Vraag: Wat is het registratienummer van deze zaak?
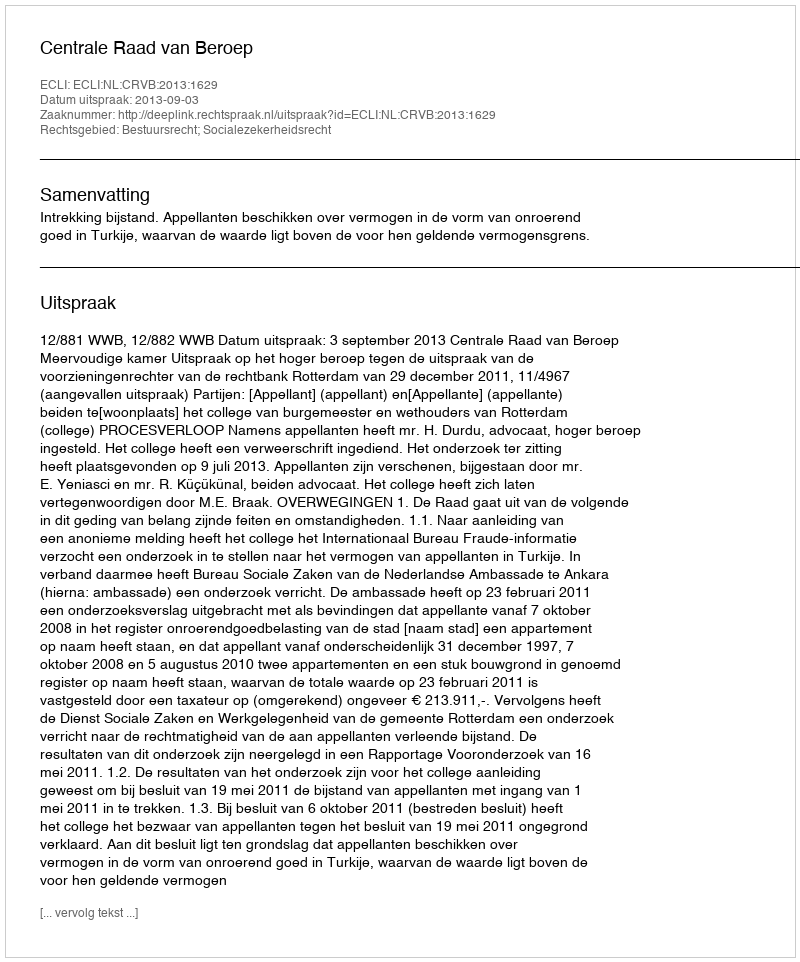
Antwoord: http://deeplink.rechtspraak.nl/uitspraak?id=ECLI:NL:CRVB:2013:1629